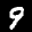
Label: 9